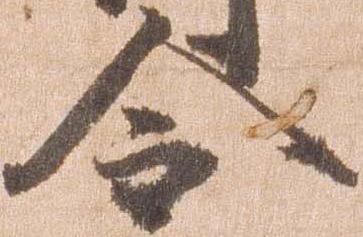
令